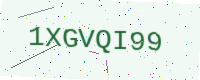
Text: 1XGVQI99